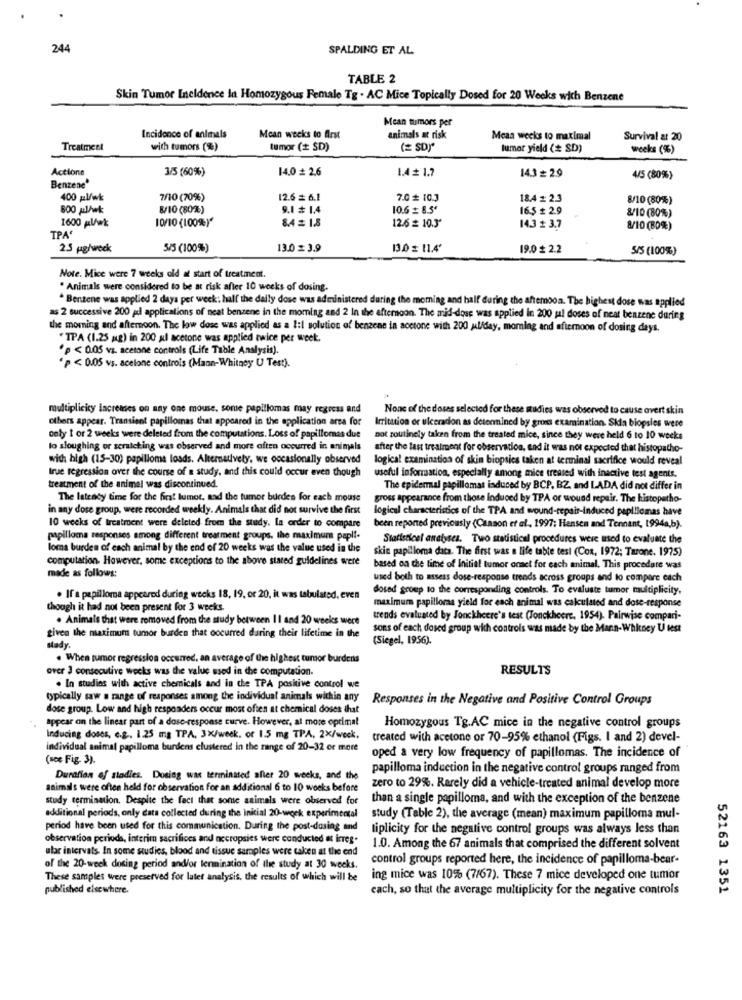
244
SPALDING ET AL
TABLE 2
Skin Tumor Incidence In Homozygous Female Tg . AC Mice Topically Dosed for 20 Weeks wich Benzene
Mean tumors per
Incidence of animals
Mean weeks to Arst
animals at risk
Meaa weeks to maximal
Survival at 20
Treatmeet
with tumors (%)
tumor ( SD)
( SD)"
tumor yield ( SD)
weeks (%)
Actions
3/5 (60%)
14.0 # 2.6
1.4 1.7
14.3 # 2.9
4/5 (80%)
Benzene'
400 pl/wk
7/10 (70%)
12.6 = 6.1
7.0 10.3
18.4 = 2.3
8/10 (80%)
800 gle
8/10 (80%)
9.1 # 1.4
10.6 # 8.5'
16.5 + 2.9
8/10 (80%)
10/10 (100%)"
8.4 = 1.8
1600 pl/wk
12.6 # 10.3'
14.3 # 3.7
8/10 (80%)
TPA
2.5 pg/weck
5/5 (100%)
13.0 £ 3.9
13.0 z 11.4'
19.0 $ 2.2
5/5 (100%)
Note. Mice were 7 weeks old at start of treatment.
. Animals were considered to be at risk after 10 weeks of dosing.
" Benzene was applied 2 days per week; half the daily dose was administered during the morning and half during the afternoon. The highest dose was applied
as 2 successive 200 gl applications of neat benzene in the morning and 2 In the afternoon. The mid-dose was applied in 200 sal doses of neat benzene during
the morning and afternoon. The low dose was applied as a 1:1 solution of benzene in acetone with 200 ul/day, momlag and afternoon of dosing days.
"TPA (1.25 mg) in 200 al acetone was applied twice per week.
"p < 0.05 vs. acetone controls (Life Table Analysis).
"p < 0.05 vs. acelone controls (Mann-Whitney U Test).
multiplicicy lacremes on any one mouse, some papillomas may regress and
None of the doses selected for these studies was observed to cause overt skin
others appear. Transient papillomas that appeared in the application area for
Irritation or ulceradon as determined by gross examination. Ska biopsies were
only 1 or 2 weeks were deleted from the computations. Loss of papillomas due
not routinely taken from the treated mice, since they were held 6 to 10 weeks
lo sloughing or scratching was observed and more often occurred in animals
after the last treatment for observation, and it was not expected that histopatho-
with high (15-30) papilloma loads. Alternatively, we occasionally observed
logical examination of skin biopsies taken at terminal sacrifice would reveal
Irue regression over the course of a study, and this could occur even though
useful information, especially among mice treated with inactive test agents.
treatment of the animal was discontinued.
The epidermal papillomas induced by BCP, BZ, and LADA did not differ in
The latency time for the first lumor, and the tumor burden for each mouse
gross appearance from those Induced by TPA or wound repair. The histopatho-
in any dose group, were recorded weekly. Animals that did not survive the first
logical characteristics of the TPA and wound-repair-induced papillomas have
10 weeks of treatment were deleted from the study. la order to compare
been reported previously (Canson et al ., 1997; Hensen and Tennant, 1994a,b).
papilloma responses among different treatment groups, the maximum papli-
Statisticel analyses. Two statistical procedures were used to evaluate the
loma burden of each animal by the end of 20 weeks was the value used in the
skin papilloma data. The first was a life tabte test (Cox, 1972; Tarone. 1975)
computation. However, some exceptions to the above stated guidelines were
based on the time of Initial tumor onaet for each animal. This procedure was
made as follows:
used both to assess dose-response trends across groups and to compare each
dosed group to the corresponding controls. To evaluate tumor multiplicity,
. If'a papilloma appeared during weeks 18, 19, or 20, it was tabulated, even
though it had not been present for 3 weeks.
maximum papillomas yield for each animal was calculated and dose-response
. Animals that were removed from the study between II and 20 weeks were
trends evaluated by Jonckheere's test (Jonckheere, 1954). Pairwise compari-
sons of each dosed group wich controls was made by the Mann-Whitney U test
stady.
given the maximum tumor burden that occurred during their lifetime in the
(Siegel, 1956).
. When tumor regression occurred, an average of the highest tumor burdens
over 3 consecutive wecks was the value used in the computation.
RESULTS
. In studies with active chemicals and in the TPA positive control we
typically saw a range of responses among the individual animals within any
Responses in the Negative and Positive Control Groups
dose group. Low and high responders occur most often at chemical doses that
appear on the linear part of a dose-response curve. However, al more optimal
Homozygous Tg.AC mice in the negative control groups
Inducing doses, e.g ., 1.25 mg TPA, 3X/week. or 1.5 mg TPA, 2X/week,
treated with acetone or 70-95% ethanol (Figs. I and 2) devel-
individual animal papilloma burdens clustered in the range of 20-32 or more
(see Fig. 3).
oped a very low frequency of papillomas. The incidence of
papilloma induction in the negative control groups ranged from
Duration of stadies. Dosing was terminated after 20 weeks, and the
animals were often held for observation for an additional 6 to 10 weeks before
zero to 29%. Rarely did a vehicle-treated animal develop more
study termination. Despite the fact that some animals were observed for
than a single papilloma, and with the exception of the benzene
additional periods, only data collected during the initial 20-work experimental
study (Table 2), the average (mean) maximum papilloma mul-
period have been used for this communication. During the post-dosing and
liplicity for the negative control groups was always less than
observation periods, interim sacrifices and necropsies were conducted at irreg.
ular intervals. In some studies, blood and tissue samples were taken at the end
1.0. Among the 67 animals that comprised the different solvent
control groups reported here, the incidence of papilloma-bear-
of the 20-week dosing period and/or termination of the study at 30 weeks.
These samples were preserved for later analysis, the results of which will be
ing mice was 10% (7/67). These 7 mice developed one tumor
published elsewhere.
each, so that the average multiplicity for the negative controls
52163 1351